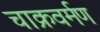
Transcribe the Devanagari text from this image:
चाक्रवर्मण